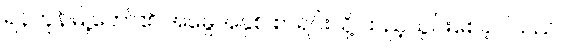
ရန်ကုန်မြို့တော်၏ အမွေအနှစ် စာရင်းသို့ ထည့်သွင်းစေခဲ့ပါသည်။